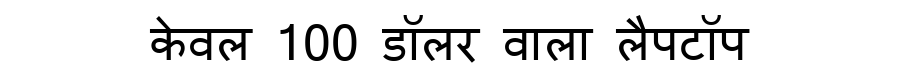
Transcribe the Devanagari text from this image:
केवल 100 डॉलर वाला लैपटॉप